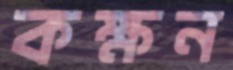
কক্ষন